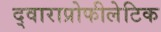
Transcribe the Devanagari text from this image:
द्वाराप्रोफीलेटिक